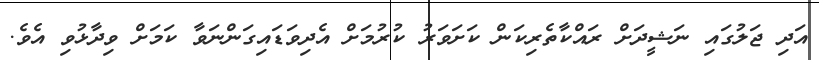
އަދި ޖަލުގައި ނަޝީދަށް ރައްކާތެރިކަން ކަށަވަރު ކުރުމަށް އެދިވަޑައިގަންނަވާ ކަމަށް ވިދާޅުވި އެވެ.